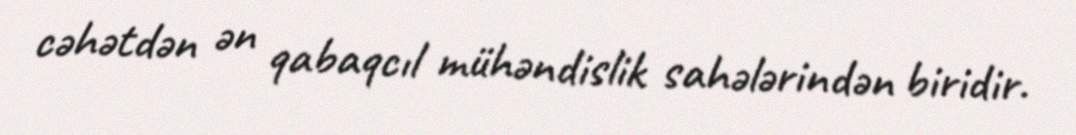
cəhətdən ən qabaqcıl mühəndislik sahələrindən biridir.